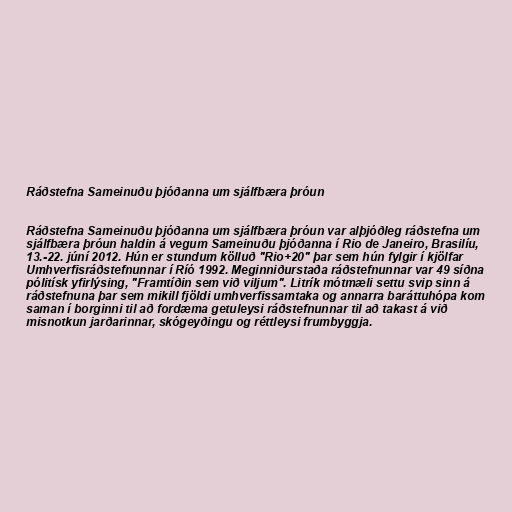
Ráðstefna Sameinuðu þjóðanna um sjálfbæra þróun

Ráðstefna Sameinuðu þjóðanna um sjálfbæra þróun var alþjóðleg ráðstefna um
sjálfbæra þróun haldin á vegum Sameinuðu þjóðanna í Rio de Janeiro, Brasilíu,
13.-22. júní 2012. Hún er stundum kölluð "Rio+20" þar sem hún fylgir í kjölfar
Umhverfisráðstefnunnar í Ríó 1992. Meginniðurstaða ráðstefnunnar var 49 síðna
pólitísk yfirlýsing, "Framtíðin sem við viljum". Litrík mótmæli settu svip sinn á
ráðstefnuna þar sem mikill fjöldi umhverfissamtaka og annarra baráttuhópa kom
saman í borginni til að fordæma getuleysi ráðstefnunnar til að takast á við
misnotkun jarðarinnar, skógeyðingu og réttleysi frumbyggja.